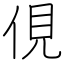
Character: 俔